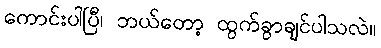
ကောင်းပါပြီ၊ ဘယ်တော့ ထွက်ခွာချင်ပါသလဲ။